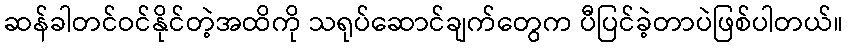
ဆန်ခါတင်ဝင်နိုင်တဲ့အထိကို သရုပ်ဆောင်ချက်တွေက ပီပြင်ခဲ့တာပဲဖြစ်ပါတယ်။